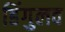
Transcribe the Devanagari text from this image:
हिंगुलव